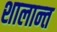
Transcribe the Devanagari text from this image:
शालान्‍त